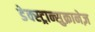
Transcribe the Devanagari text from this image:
डेक्स्ट्रान्सुक्रानेज़